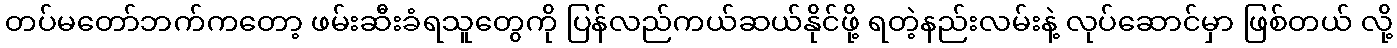
တပ်မတော်ဘက်ကတော့ ဖမ်းဆီးခံရသူတွေကို ပြန်လည်ကယ်ဆယ်နိုင်ဖို့ ရတဲ့နည်းလမ်းနဲ့ လုပ်ဆောင်မှာ ဖြစ်တယ် လို့